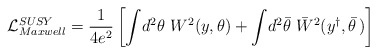
\begin{align*}{\cal L}_{Maxwell}^{SUSY} = \frac{1}{4e^2} \left[ \int \!d^2\theta~ W^2\!\left( y,\theta \right) +\int\! d^2\bar \theta ~\bar W^2( y^{\dagger },\bar \theta \,) \right] \end{align*}